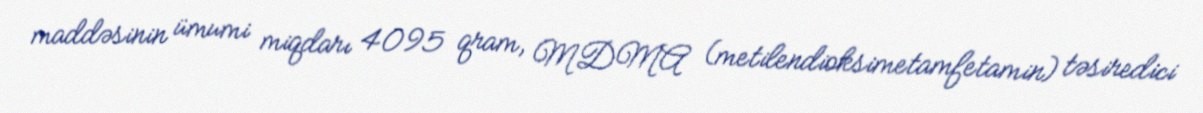
maddəsinin ümumi miqdarı 4095 qram, MDMA (metilendioksimetamfetamin) təsiredici